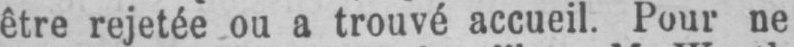
être rejetée ou a trouvé accueil. Pour ne